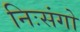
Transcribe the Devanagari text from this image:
निःसंगो